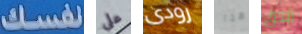
نفسك على رودى هذا محق